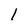
Character: 1